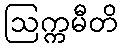
ဩက္ကမီတိ